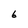
Character: 6